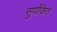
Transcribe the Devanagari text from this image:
सुर्यांकित